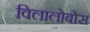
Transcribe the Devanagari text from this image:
विलालोबोस